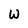
Character: W